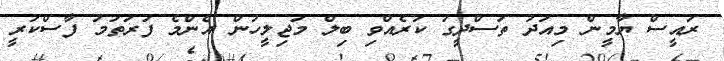
ރައީސް ޔާމީން މިއަދު ތަސްދީގު ކުރެއްވި ބިލް މަޖިލީހުން އެންމެ ފުރަތަމަ ފާސްކުރީ